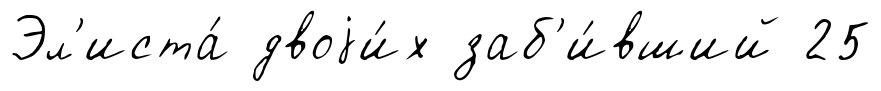
Эл'иста́ двоjи́х заб'и́вший 25